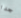
جدا